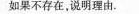
如果不存在，说明理由。